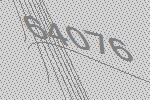
64076